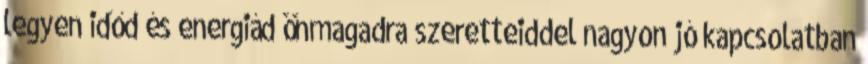
legyen időd és energiád önmagadra szeretteiddel nagyon jó kapcsolatban